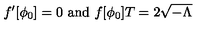
f ^ { \prime } [ \phi _ { 0 } ] = 0 \ \mathrm { a n d } \ f [ \phi _ { 0 } ] T = 2 \sqrt { - \Lambda }